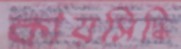
কায়সিদ্ধি